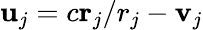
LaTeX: \textbf{u}_{j}=c\textbf{r}_{j}/r_{j}-\textbf{v}_{j}